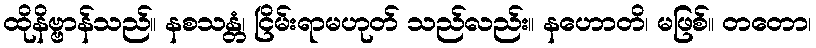
ထိုနိဗ္ဗာန်သည်။ နစသန္တံ၊ ငြိမ်းရာမဟုတ် သည်လည်း။ နဟောတိ၊ မဖြစ်။ တတော၊